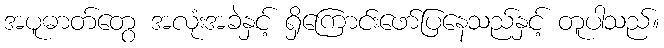
အပူဓာတ်တွေ အလုံးအခဲနှင့် ရှိကြောင်းဖော်ပြနေသည်နှင့် တူပါသည်။